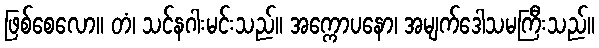
ဖြစ်စေလော။ တံ၊ သင်နဂါးမင်းသည်။ အက္ကောပနော၊ အမျက်ဒေါသမကြီးသည်။